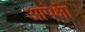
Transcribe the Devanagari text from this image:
आपेक्षा